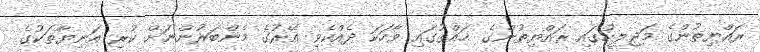
ރައްޔިތުންގެ މަޖިލީހުގައި ރައްޔިތުންގެ ޙައްގުގައި ވާހަކަ ދެއްކެވި އޭރުގެ މެންބަރުންނަށް ކުރި އަނިޔާތަކުގެ